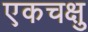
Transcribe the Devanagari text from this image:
एकचक्षु